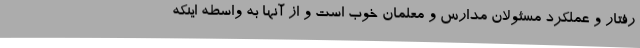
رفتار و عملکرد مسئولان مدارس و معلمان خوب است و از آنها به واسطه اینکه